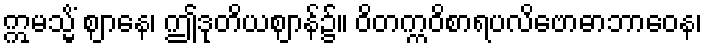
ဣမသ္မိံ ဈာနေ၊ ဤဒုတိယဈာန်၌။ ဝိတက္ကဝိစာရပလိဗောဓာဘာဝေန၊